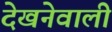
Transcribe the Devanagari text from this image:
देखनेवाली